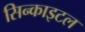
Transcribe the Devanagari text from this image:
सिन्काइटल